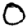
Digit: 0